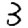
Digit: 3